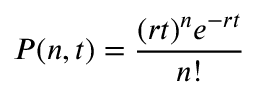
P ( n , t ) = \frac { ( r t ) ^ { n } e ^ { - r t } } { n ! }